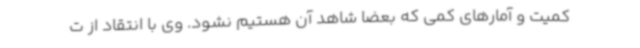
کمیت و آمارهای کمی که بعضاً شاهد آن هستیم نشود. وی با انتقاد از ت